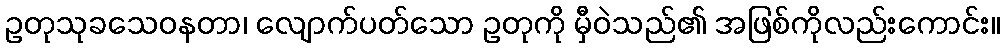
ဥတုသုခသေဝနတာ၊ လျောက်ပတ်သော ဥတုကို မှီဝဲသည်၏ အဖြစ်ကိုလည်းကောင်း။